Indian journal of veterinary science and animal husbandry - Volume 11,
Year: 1941
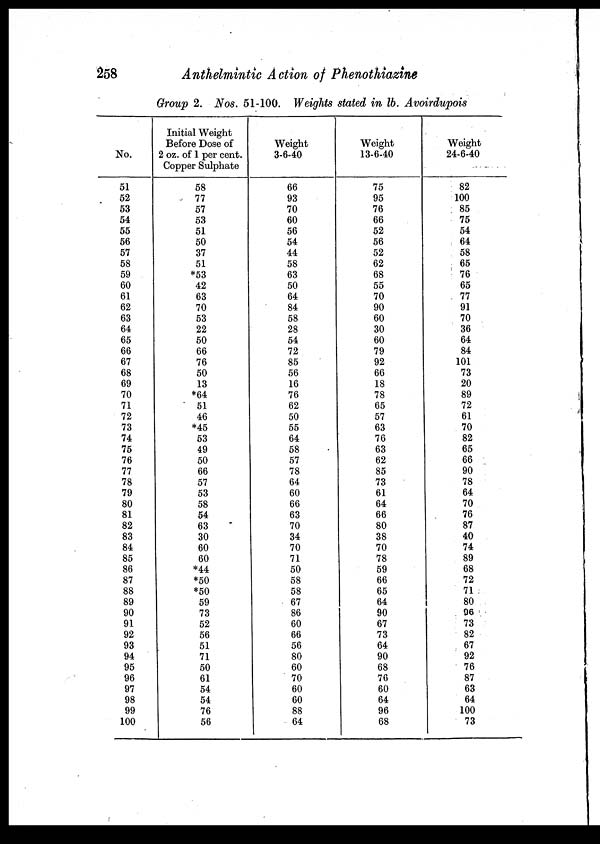
258
Anthelmintic Action of Phenothiazine
Group 2. Nos. 51-100. Weights stated in lb. Avoirdupois
No.
51
52
53
54
55
56
57
58
59
60
61
62
63
64
65
66
67
68
69
70
71
72
73
74
75
76
77
78
79
80
81
82
83
84
85
86
87
88
89
90
91
92
93
94
95
96
97
98
99
100
Initial Weight
Before Dose of
2 oz. of 1 per cent.
Copper Sulphate
58
77
57
53
51
50
37
51
*53
42
63
70
53
22
50
66
76
50
13
*64
51
46
*45
53
49
50
66
57
53
58
54
63
30
60
60
*44
*50
*50
59
73
52
56
51
71
50
61
54
54
76
56
Weight
3-6-40
66
93
70
60
56
54
44
58
63
50
64
84
58
28
54
72
85
56
16
76
62
50
55
64
58
57
78
64
60
66
63
70
34
70
71
50
58
58
67
86
60
66
56
80
60
70
60
60
88
64
Weight
13-6-40
75
95
76
66
52
56
52
62
68
55
70
90
60
30
60
79
92
66
18
78
65
57
63
76
63
62
85
73
61
64
66
80
38
70
78
59
66
65
64
90
67
73
64
90
68
76
60
64
96
68
Weight
24-6-40
82
100
85
75
54
64
58
65
76
65
77
91
70
36
64
84
101
73
20
89
72
61
70
82
65
66
90
78
64
70
76
87
40
74
89
68
72
71
80
96
73
82
67
92
76
87
63
64
100
73